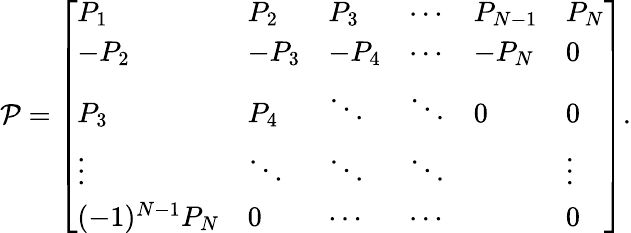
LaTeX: \begin{array}{r}{\mathcal{P}=\left[\begin{array}{llllll}{P_{1}}&{P_{2}}&{P_{3}}&{\cdots}&{P_{N-1}}&{P_{N}}\\ {-P_{2}}&{-P_{3}}&{-P_{4}}&{\cdots}&{-P_{N}}&{0}\\ {P_{3}}&{P_{4}}&{\ddots}&{\ddots}&{0}&{0}\\ {\vdots}&{\ddots}&{\ddots}&{\ddots}&&{\vdots}\\ {(-1)^{N-1}P_{N}}&{0}&{\cdots}&{\cdots}&&{0}\end{array}\right].}\end{array}